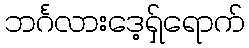
ဘင်္ဂလားဒေ့ရှ်ရောက်